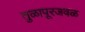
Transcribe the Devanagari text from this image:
तुळापूरजवळ